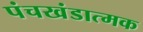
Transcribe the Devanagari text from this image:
पंचखंडात्मक